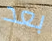
بعد